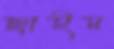
ছাইম